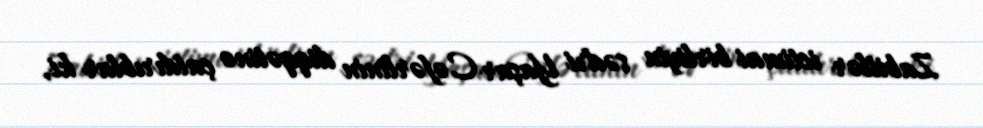
Zabitlər ictimai birliyin sədri Yaşar Cəfərlinin diqqətinə çatdırıblar ki,